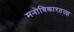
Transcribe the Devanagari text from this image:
मनोविकारतज्‍ज्ञ